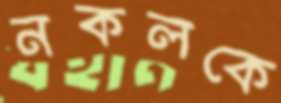
নকলকে